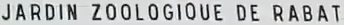
JARDIN ZOOLOGIQUE DE R